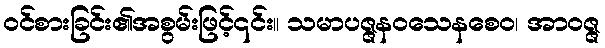
ဝင်စားခြင်း၏အစွမ်းဖြင့်၎င်း။ သမာပဇ္ဇနဝသေနစေဝ၊ အာဝဇ္ဇ